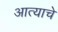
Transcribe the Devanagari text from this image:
आत्याचे